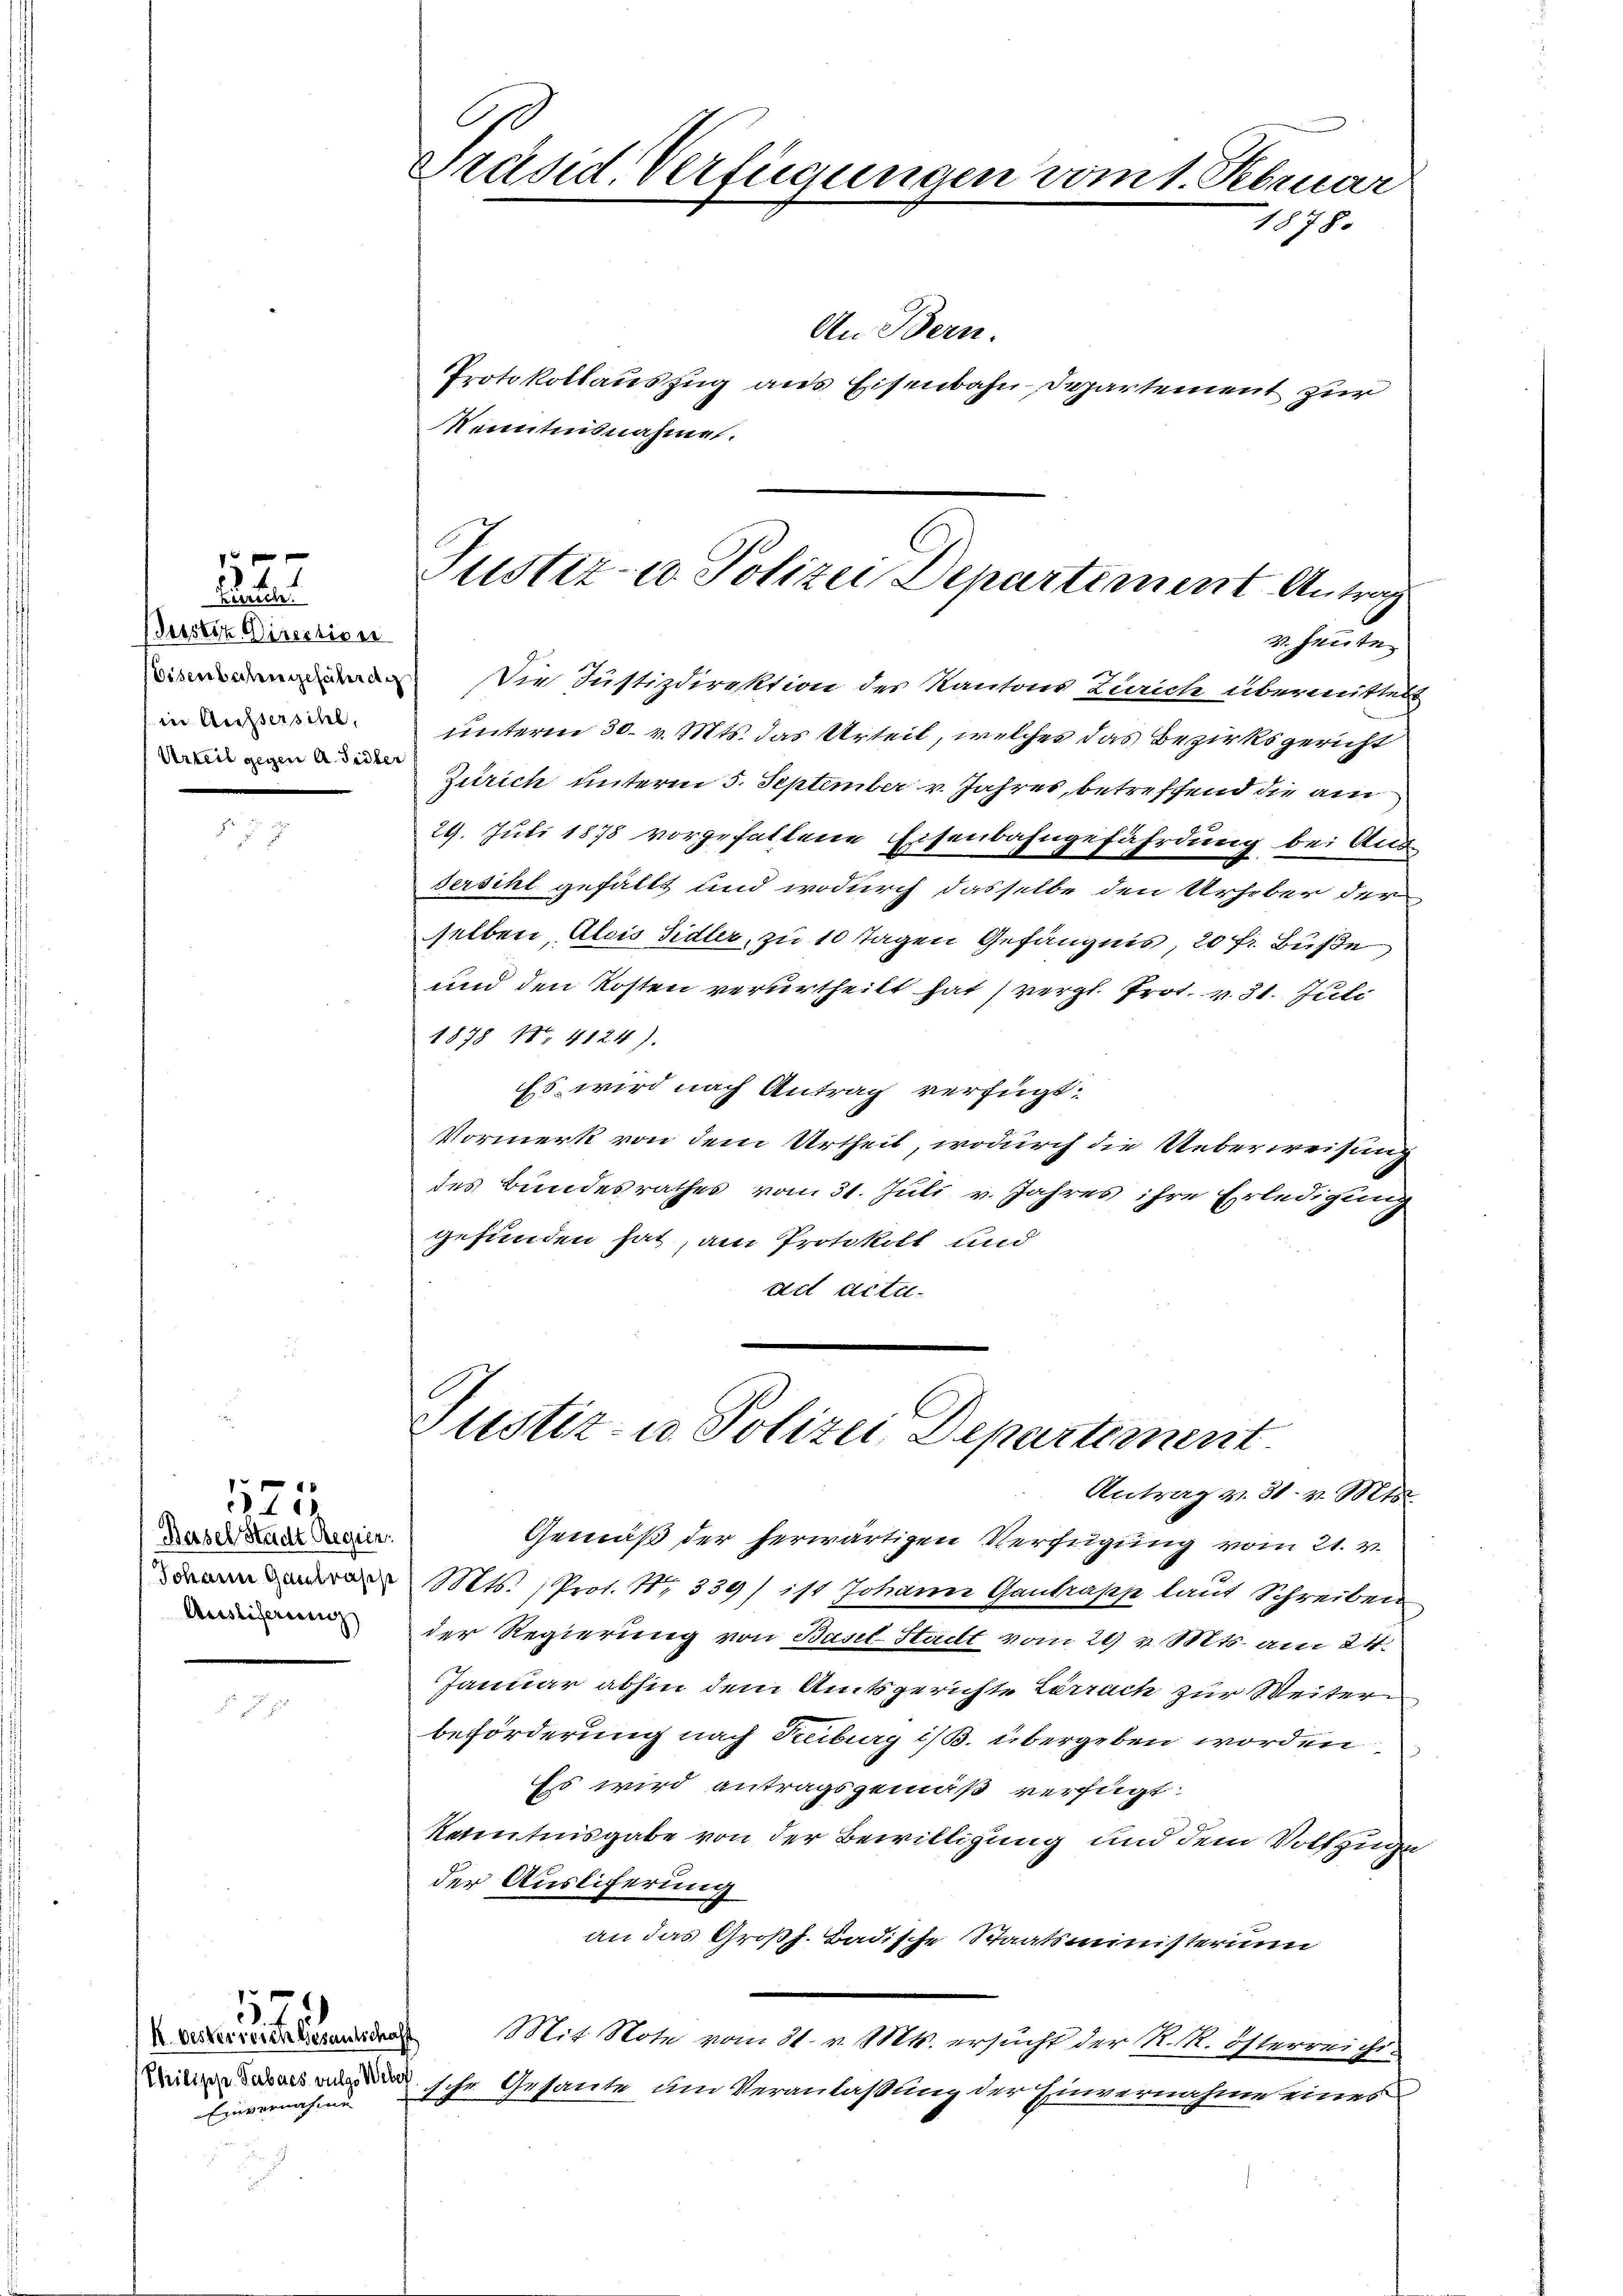
22
Justiz Direction
in Aussersihl,
Urteil gegen A. Sidler

Basel Stadt Regier
Ausliserung

17

Philipp Tabacs vulgo Weber
Einvernahme

573

G
Präsid. Verfügungen vom 1. Februar
1878.

Justiz- u. Polizei Departement Antrag

r heute
iedenen Die Justizdirektion der Kantons Zürich übermittels
unterm 30. v. Mts. das Urteil, welches das Bezirksgericht
Zürich unterm 5. September v. Jahres, betreffend die am
29. Juli 1878 vorgefallene Eisenbahngefährdung bei Aus-
sersihl gefällt und wodurch dasselbe den Urheber der
selben, Alois Sidler, zu 10 Tagen Gefängnis, 20 fr. Buße
und den Kosten verurtheilt hat, vergl. Prot. v. 31. Juli
1878 No 4124).
Es wird nach Antrag verfügt:
Vormerk von dem Urtheil, wodurch die Ueberweisung
des Bundesrathes vom 31. Juli v. Jahres ihre Erledigung
gefunden hat, am Protokoll und
Art Actu¬

Justiz- u. Polizei Departement
Antrag v. 31. v. Mts.

An Bern.
Protokollauszug aus Eisenbahn Departement zur
Kenntnisnahme.

Gemäß der herwärtigen Verfügung vom 21. v.
Mts. Prot. 11. 339/ ist Johann Gantrass laut Schreiben
der Regierung von Basel-Stadt vom 29 v. Mts. am 21.
Januar abhin dem Amtsgerichte Lörrach zur Weiterbeförderung nach Reiburg i/B. übergeben worden.
Es wird antragsgemäß verfügt:
Kenntnisgabe von der Bewilligung und dem Vollzugeder Auslicherung
A
an das Großh. Badische Staatsministerium
 Mit Note vom 31. v. Mts. ersucht der R. M. Österreichs-
sche Gesante um Veranlaßung der Einvernahme eines